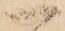
一